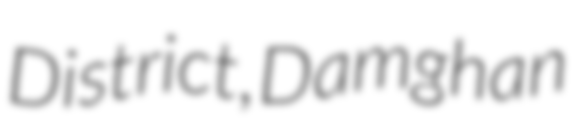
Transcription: District, Damghan